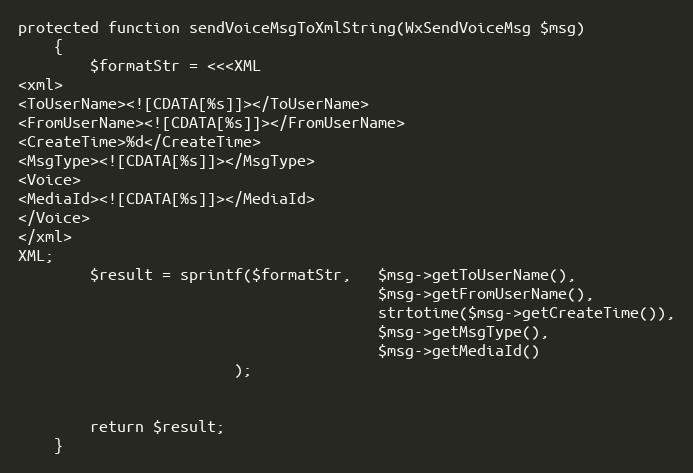
Language: PHP
protected function sendVoiceMsgToXmlString(WxSendVoiceMsg $msg)
    {
        $formatStr = <<<XML
<xml>
<ToUserName><![CDATA[%s]]></ToUserName>
<FromUserName><![CDATA[%s]]></FromUserName>
<CreateTime>%d</CreateTime>
<MsgType><![CDATA[%s]]></MsgType>
<Voice>
<MediaId><![CDATA[%s]]></MediaId>
</Voice>
</xml>
XML;
        $result = sprintf($formatStr,   $msg->getToUserName(),
                                        $msg->getFromUserName(),
                                        strtotime($msg->getCreateTime()),
                                        $msg->getMsgType(),
                                        $msg->getMediaId()
                        );

        return $result;
    }